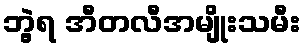
ဘွဲ့ရ အီတလီအမျိုးသမီး